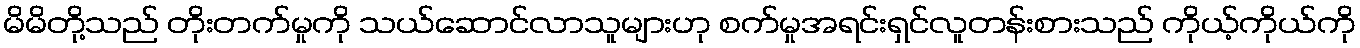
မိမိတို့သည် တိုးတက်မှုကို သယ်ဆောင်လာသူများဟု စက်မှုအရင်းရှင်လူတန်းစားသည် ကိုယ့်ကိုယ်ကို